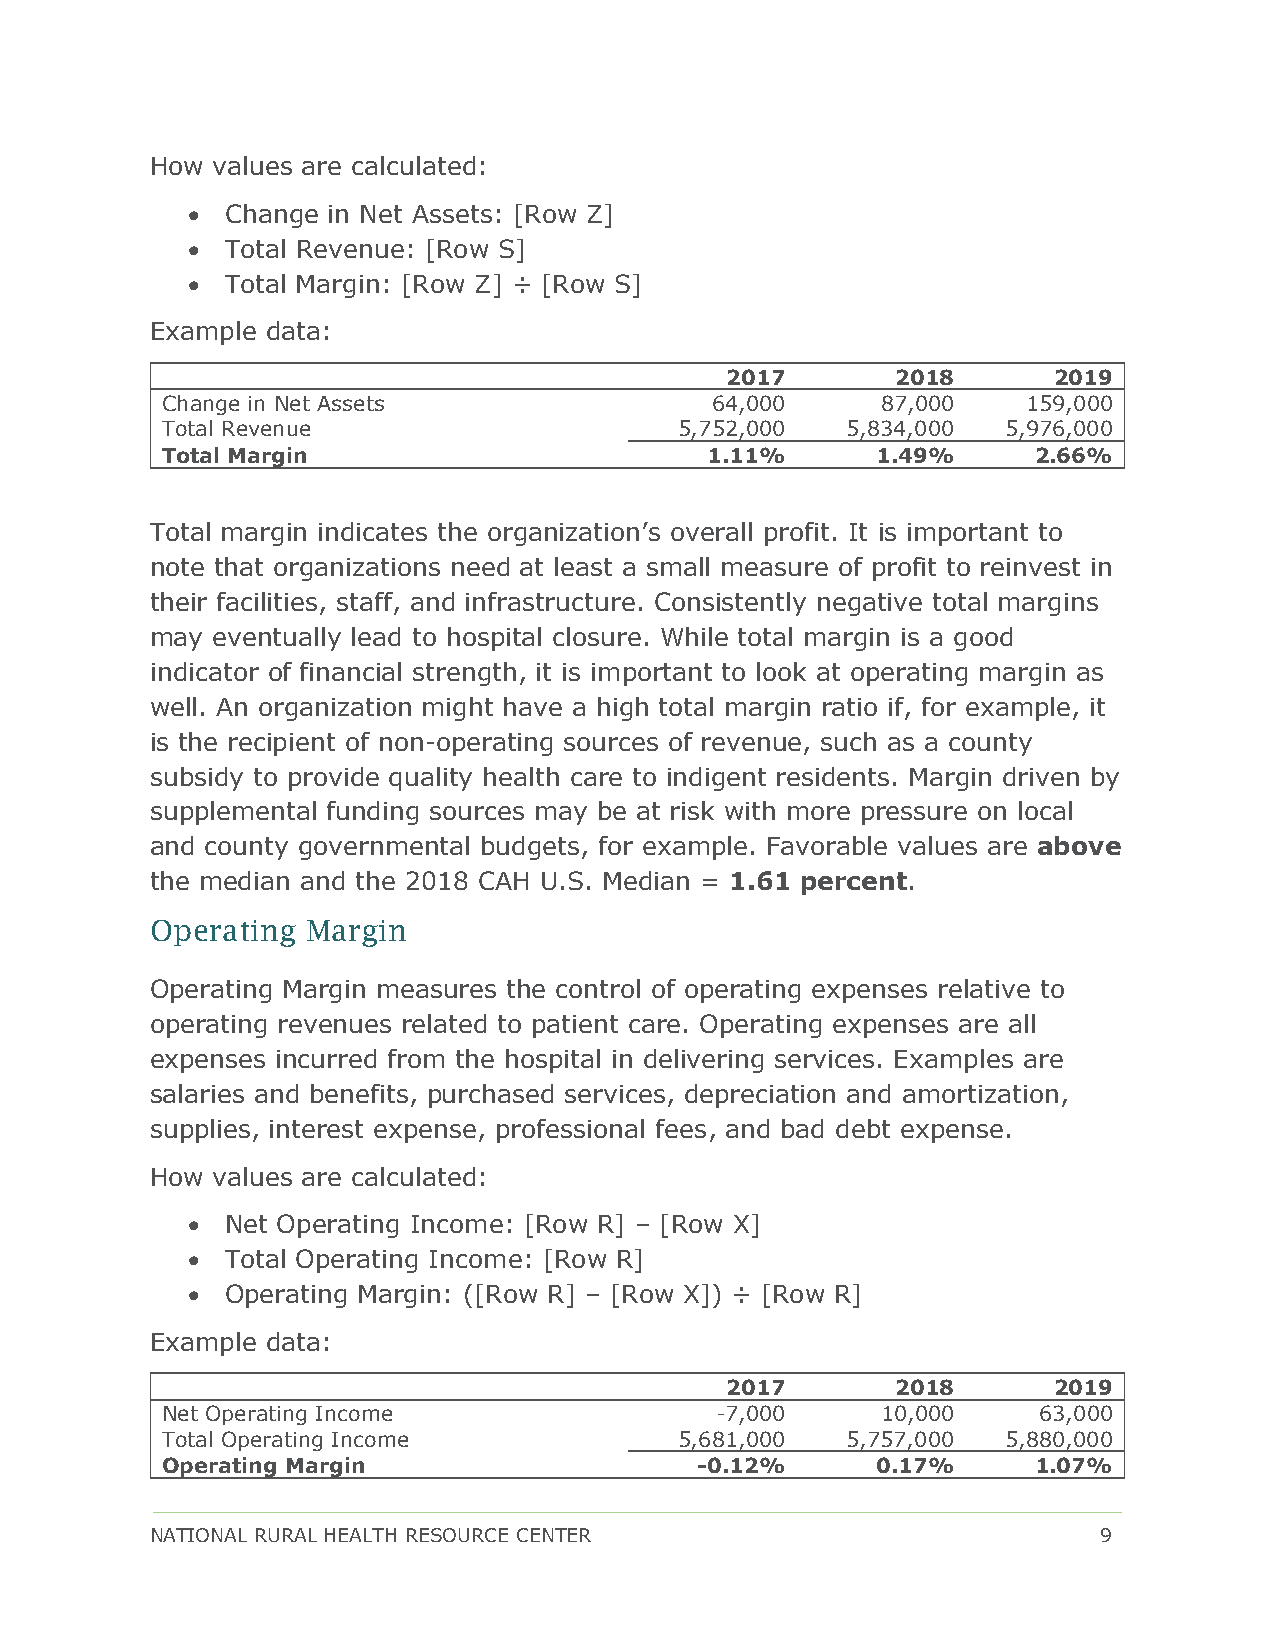
How values are calculated:
 •  Change in Net Assets: [Row Z]
 •  Total Revenue: [Row S]
 •  Total Margin: [Row Z] ÷ [Row S]
 Example data:
 2017       2018       2019
 Change in Net Assets                64,000     87,000    159,000
 Total Revenue                     5,752,000  5,834,000  5,976,000
 Total Margin                        1.11%      1.49%      2.66%
 Total margin indicates the organization’s overall profit. It is important to
 note that organizations need at least a small measure of profit to reinvest in
 their facilities, staff, and infrastructure. Consistently negative total margins
 may eventually lead to hospital closure. While total margin is a good
 indicator of financial strength, it is important to look at operating margin as
 well. An organization might have a high total margin ratio if, for example, it
 is the recipient of non-operating sources of revenue, such as a county
 subsidy to provide quality health care to indigent residents. Margin driven by
 supplemental funding sources may be at risk with more pressure on local
 and county governmental budgets, for example. Favorable values are above
 the median and the 2018 CAH U.S. Median = 1.61 percent.
 Operating Margin
 Operating Margin measures the control of operating expenses relative to
 operating revenues related to patient care. Operating expenses are all
 expenses incurred from the hospital in delivering services. Examples are
 salaries and benefits, purchased services, depreciation and amortization,
 supplies, interest expense, professional fees, and bad debt expense.
 How values are calculated:
 •  Net Operating Income: [Row R] – [Row X]
 •  Total Operating Income: [Row R]
 •  Operating Margin: ([Row R] – [Row X]) ÷ [Row R]
 Example data:
 2017       2018       2019
 Net Operating Income                -7,000     10,000     63,000
 Total Operating Income            5,681,000  5,757,000  5,880,000
 Operating Margin                   -0.12%      0.17%      1.07%
 NATIONAL RURAL HEALTH RESOURCE CENTER                          9